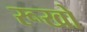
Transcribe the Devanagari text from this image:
रूखो